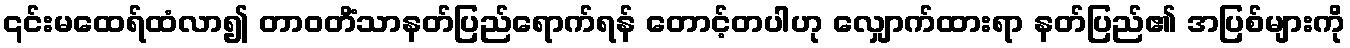
၎င်းမထေရ်ထံလာ၍ တာဝတိံသာနတ်ပြည်ရောက်ရန် တောင့်တပါဟု လျှောက်ထားရာ နတ်ပြည်၏ အပြစ်များကို